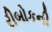
રીબોકની